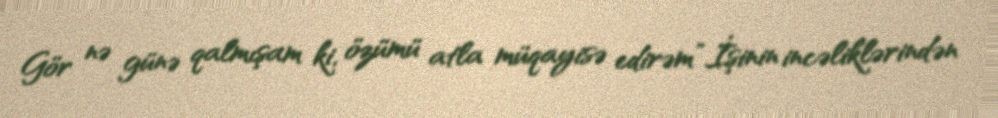
Gör nə günə qalmışam ki, özümü atla müqayisə edirəm”.İşinin incəliklərindən